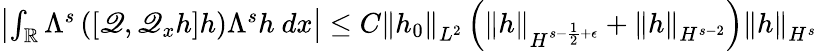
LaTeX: \begin{array}{r}{\left|\int_{\mathbb R}\Lambda^{s}\left([\mathscr{Q},\mathscr{Q}_{x}h]h\right)\Lambda^{s}h\ dx\right|\leq C\left\| h_{0}\right\| _{L^{2}}\left(\left\| h\right\| _{H^{s-\frac{1}{2}+\epsilon}}+\left\| h\right\| _{H^{s-2}}\right)\left\| h\right\| _{H^{s}}}\end{array}